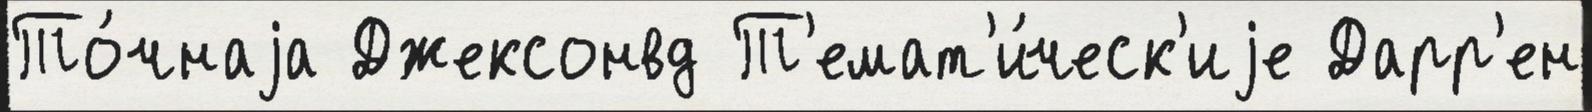
То́чнаjа Джексонвд Т'емат'и́ческ'иjе Дарр'ен